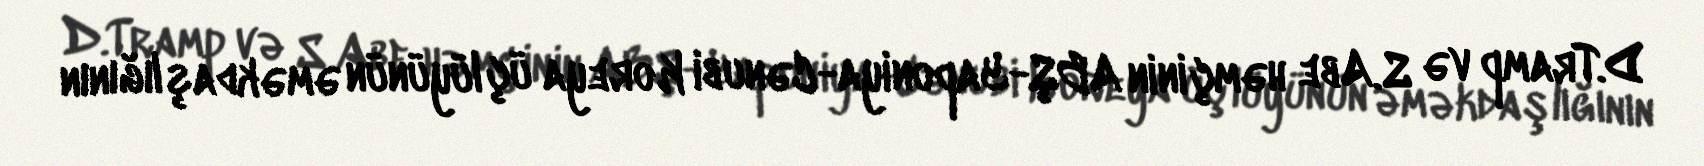
D.Tramp və S.Abe həmçinin ABŞ-Yaponiya-Cənubi Koreya üçlüyünün əməkdaşlığının